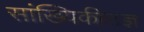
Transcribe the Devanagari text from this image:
सांख्यिकीतज्ञ